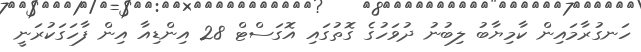
ހަނގުރާމައިން ކާމިޔާބު ލިބުނު ދުވަހުގެ ގޮތުގައި އޮގަސްޓް 28 އިންޑިއާ އިން ފާހަގަކުރަނީ